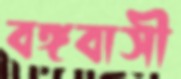
বঙ্গবাসী